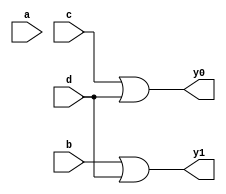
// An Encoder is a combinational circuit that performs the reverse operation of Decoder. It has maximum of 2n input lines and 'n' output lines. 

module encoder_42(a,b,c,d,y0,y1);
  input a,b,c,d;
  output y0,y1;
  assign y0 = c | d;
  assign y1 = b | d;
endmodule